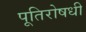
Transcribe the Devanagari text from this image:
पूतिरोषधी